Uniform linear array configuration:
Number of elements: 48
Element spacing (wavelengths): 0.25
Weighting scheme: uniform
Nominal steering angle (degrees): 0
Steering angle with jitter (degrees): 0.4543
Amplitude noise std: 0.05
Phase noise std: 0.05

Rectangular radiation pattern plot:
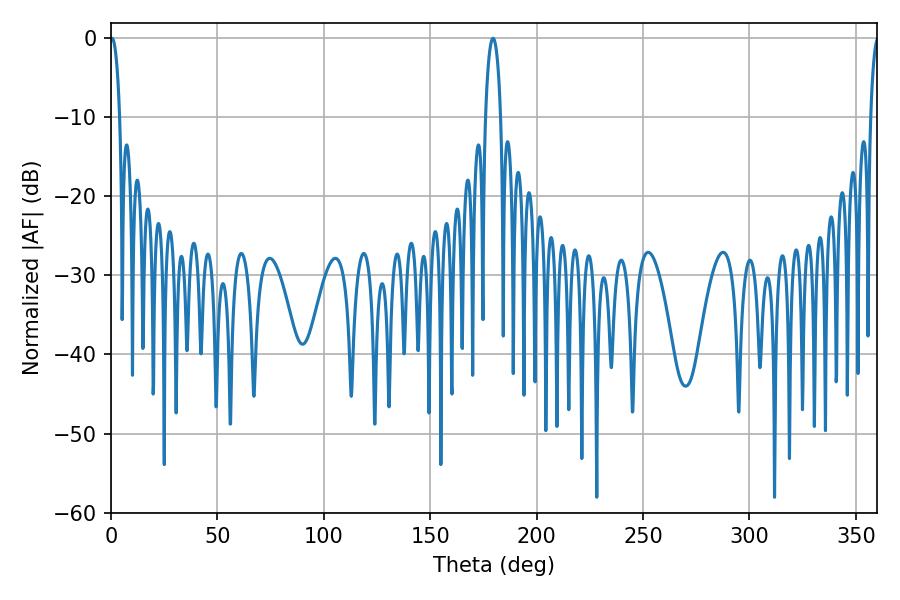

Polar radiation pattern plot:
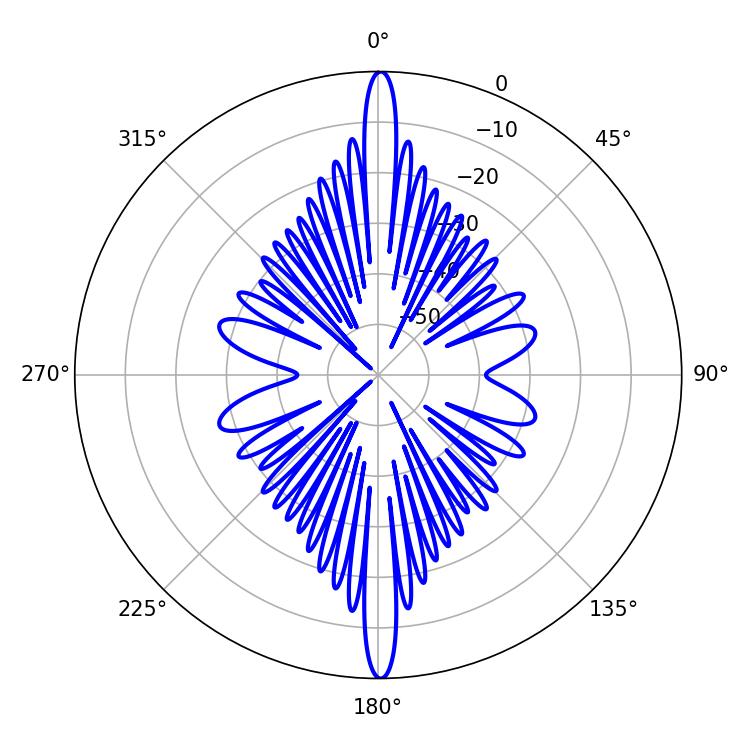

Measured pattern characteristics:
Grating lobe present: FALSE
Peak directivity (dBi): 32.159
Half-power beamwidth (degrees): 2.52
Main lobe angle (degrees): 0.54